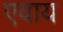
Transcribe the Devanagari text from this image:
एवाय